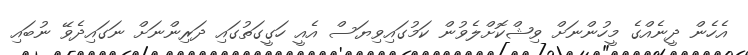
އެހެން ދީނެއްގެ މީހުންނަށް ވިޝްކޮށްލެވުން ކަމުގައިވިޔަސް އެއީ ހަގީގަތުގައި ދަރިންނަށް ނަގައިދެވޭ ނުބައި